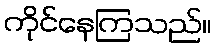
ကိုင်နေကြသည်။